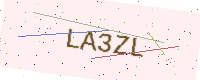
Text: LA3ZL